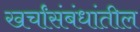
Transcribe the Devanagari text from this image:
खर्चांसंबंधांतील